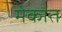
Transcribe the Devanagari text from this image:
मेकात